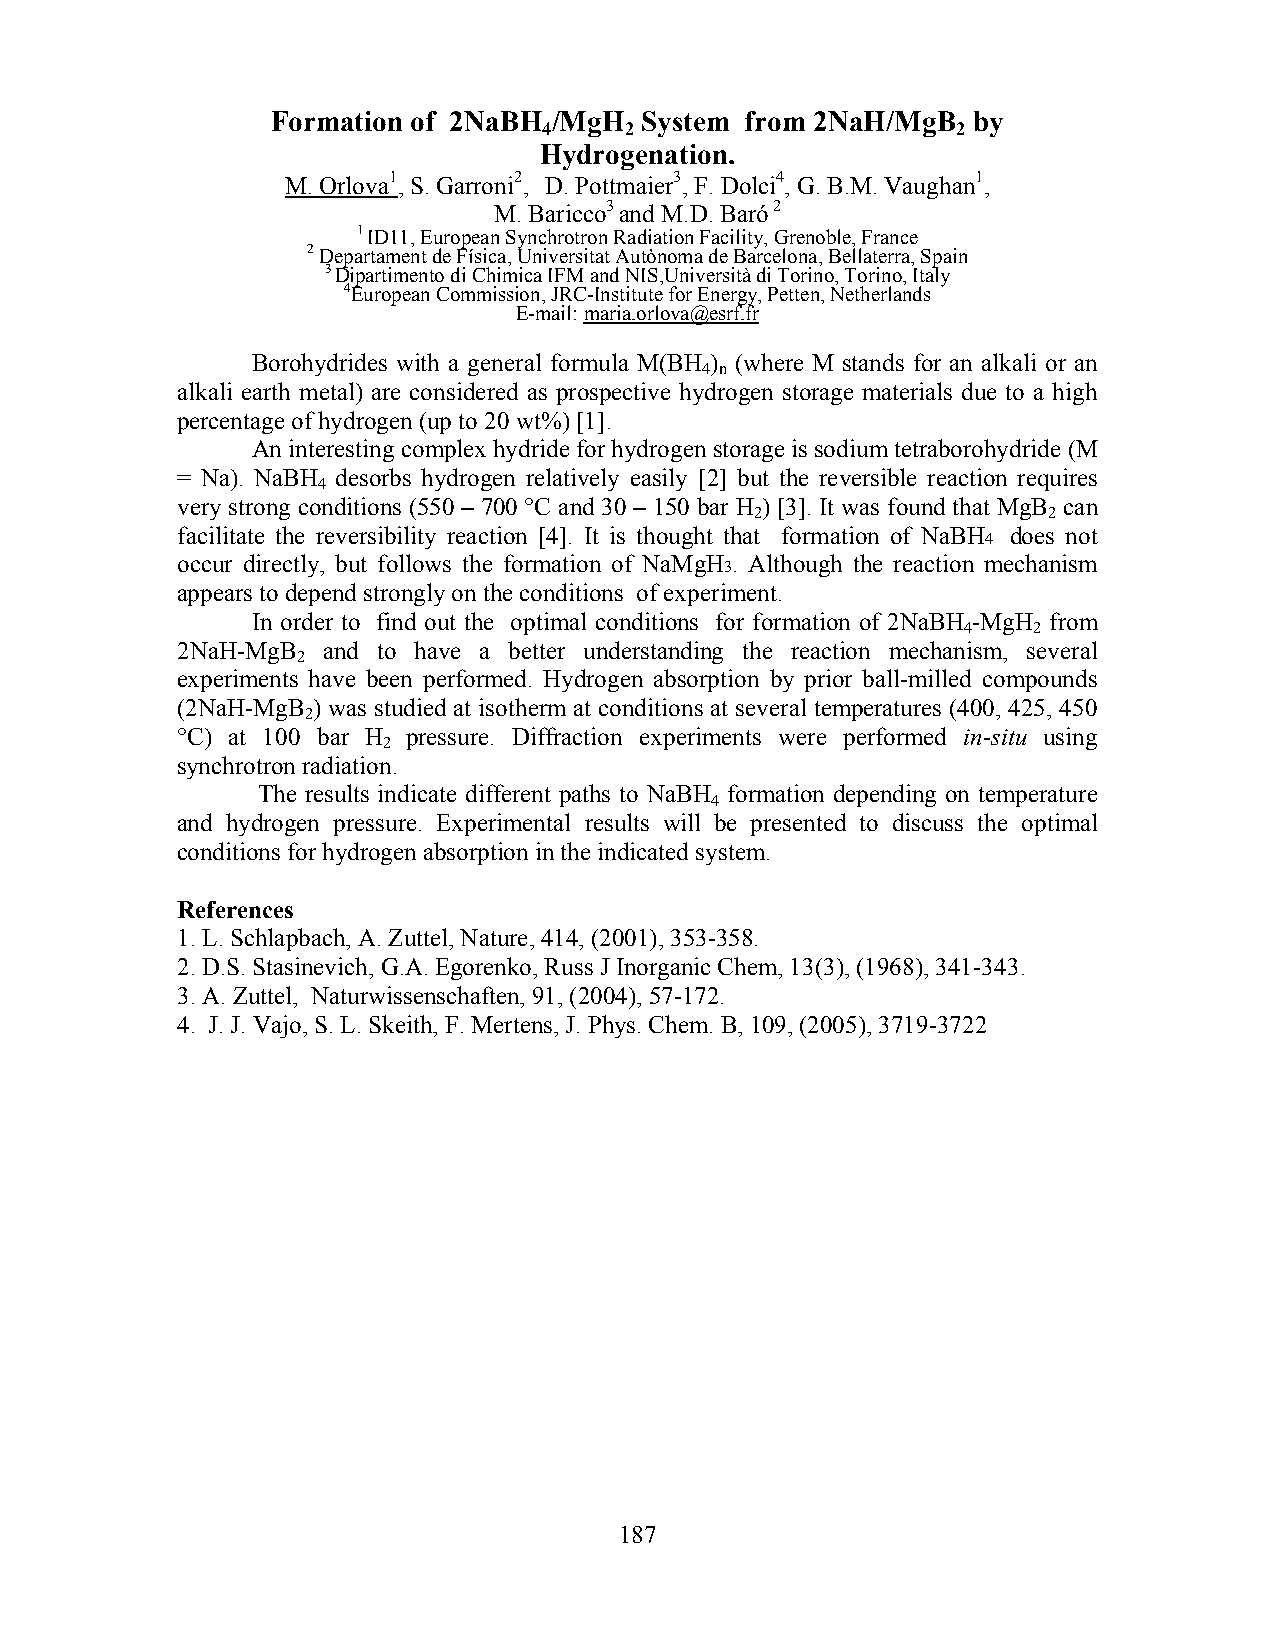
Formation of 2NaBH /MgH System from 2NaH/MgB  by
 4    2                     2
 Hydrogenation.
 M. Orlova1, S. Garroni2, D. Pottmaier3, F. Dolci4, G. B.M. Vaughan1,
 M. Baricco3 and M.D. Baró 2
 1 ID11, European Synchrotron Radiation Facility, Grenoble, France
 2 Departament de Física, Universitat Autònoma de Barcelona, Bellaterra, Spain
 3 Dipartimento di Chimica IFM and NIS,Università di Torino, Torino, Italy
 4European Commission, JRC-Institute for Energy, Petten, Netherlands
 E-mail: maria.orlova@esrf.fr
 Borohydrides with a general formula M(BH ) (where M stands for an alkali or an
 4 n
 alkali earth metal) are considered as prospective hydrogen storage materials due to a high
 percentage of hydrogen (up to 20 wt%) [1].
 An interesting complex hydride for hydrogen storage is sodium tetraborohydride (M
 = Na). NaBH desorbs hydrogen relatively easily [2] but the reversible reaction requires
 4
 very strong conditions (550 – 700 °C and 30 – 150 bar H ) [3]. It was found that MgB can
 2                  2
 facilitate the reversibility reaction [4]. It is thought that formation of NaBH does not
 4
 occur directly, but follows the formation of NaMgH . Although the reaction mechanism
 3
 appears to depend strongly on the conditions of experiment.
 In order to find out the optimal conditions for formation of 2NaBH -MgH from
 4   2
 2NaH-MgB and to have a better understanding the reaction mechanism, several
 2
 experiments have been performed. Hydrogen absorption by prior ball-milled compounds
 (2NaH-MgB ) was studied at isotherm at conditions at several temperatures (400, 425, 450
 2
 °C) at 100 bar H pressure. Diffraction experiments were performed in-situ using
 2
 synchrotron radiation.
 The results indicate different paths to NaBH formation depending on temperature
 4
 and hydrogen pressure. Experimental results will be presented to discuss the optimal
 conditions for hydrogen absorption in the indicated system.
 References
 1. L. Schlapbach, A. Zuttel, Nature, 414, (2001), 353-358.
 2. D.S. Stasinevich, G.A. Egorenko, Russ J Inorganic Chem, 13(3), (1968), 341-343.
 3. A. Zuttel, Naturwissenschaften, 91, (2004), 57-172.
 4. J. J. Vajo, S. L. Skeith, F. Mertens, J. Phys. Chem. B, 109, (2005), 3719-3722
 187